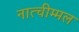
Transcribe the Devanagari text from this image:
नात्चीम्मल